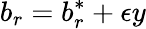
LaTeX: b_{r}=b_{r}^{*}+\epsilon y